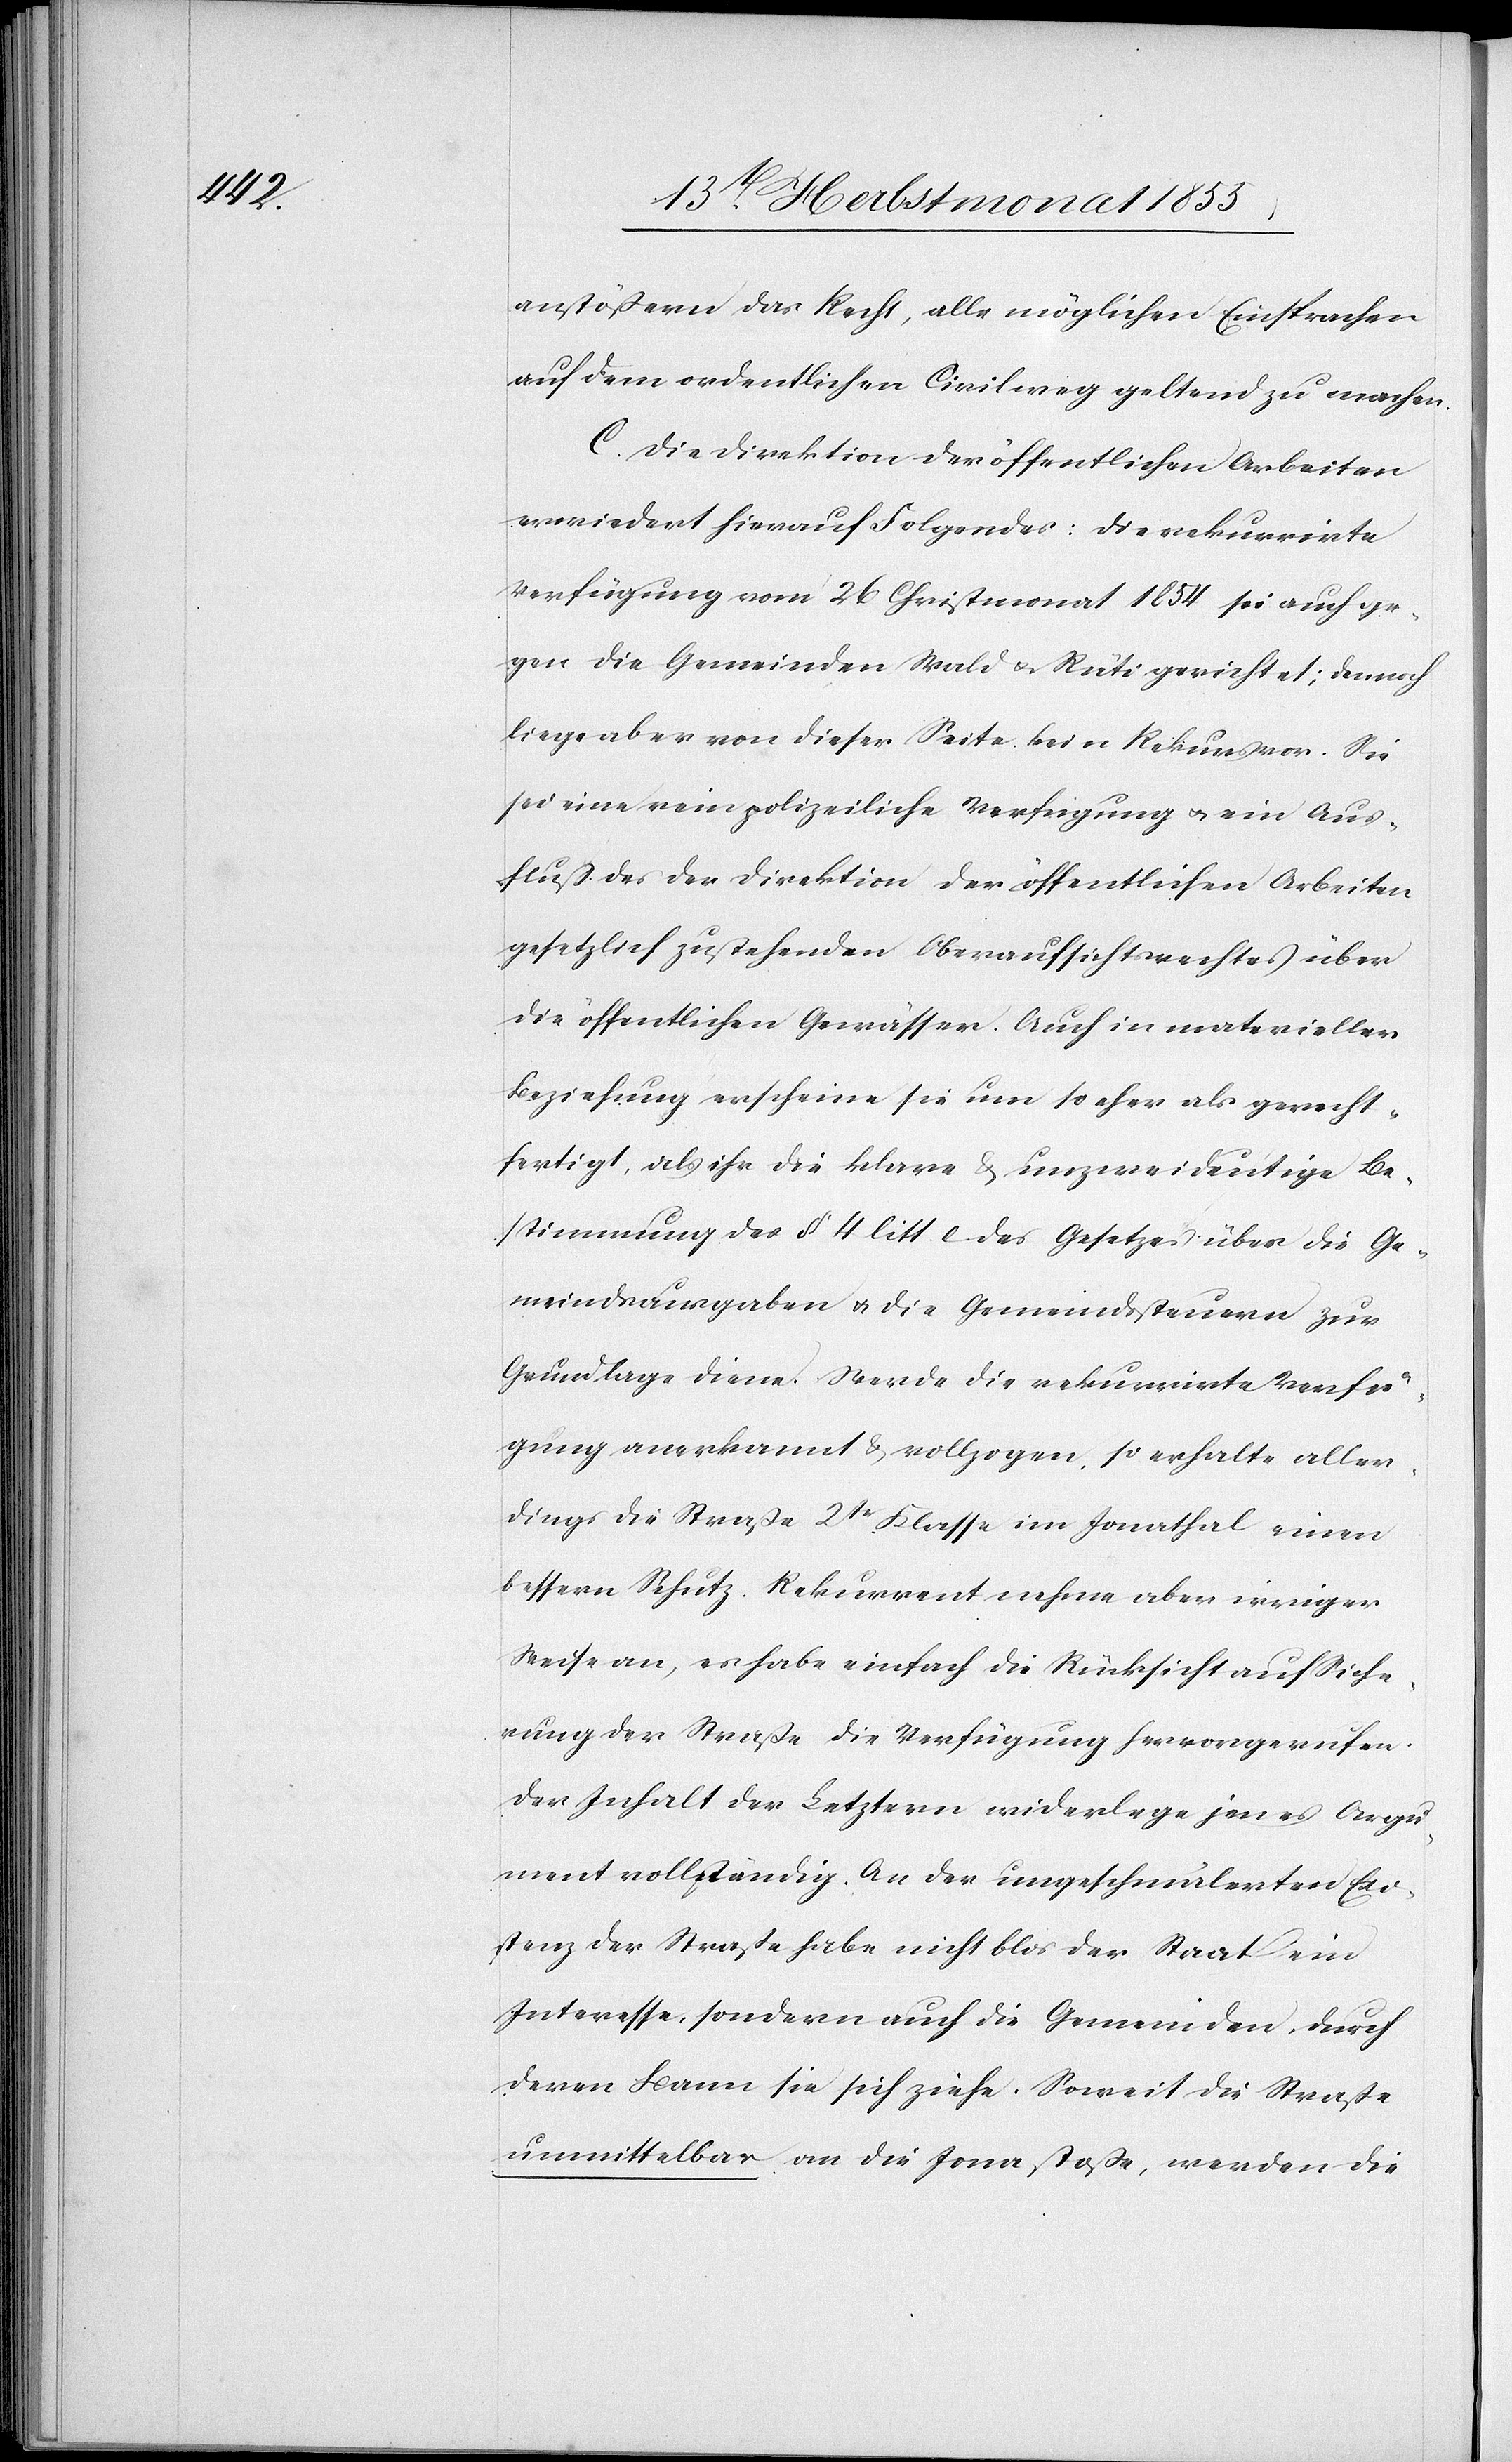
anstößern das Recht, alle möglichen Einsprachen
auf dem ordentlichen Civilweg geltend zu machen.
C. Die Direktion der öffentlichen Arbeiten
erwiedert hierauf Folgendes: Die rekurrirte
Verfügung vom 26 Christmonat 1854 sei auch ge¬
gen die Gemeinden Wald & Rüti gerichtet; dennoch
liege aber von dieser Seite kein Rekurs vor. Sie
sei eine rein polizeiliche Verfügung & ein Aus¬
fluß des der Direktion der öffentlichen Arbeiten
gesetzlich zustehenden Oberaufsichtsrechtes über
die öffentlichen Gewässer. Auch in materieller
Beziehung erscheine sie um so eher als gerecht¬
fertigt, als ihr die klare & unzweideutige Be¬
stimmung des § 4 litt. [?e] des Gesetzes über die Ge¬
meindsausgaben & die Gemeindssteuern zur
Grundlage diene. Werde die rekurrirte Verfü¬
gung anerkannt & vollzogen, so erhalte aller¬
dings die Straße 2tr Klasse im Jonathal einen
bessern Schutz. Rekurrent nehme aber irriger
Weise an, es habe einfach die Rücksicht auf Siche¬
rung der Straße die Verfügung hervorgerufen.
Der Inhalt der Letztern widerlege jenes Argu¬
ment vollständig. An der ungeschmälerten Exi¬
stenz der Straße habe nicht blos der Staat ein
Interesse, sondern auch die Gemeinden, durch
deren Bann sie sich ziehe. Soweit die Straße
unmittelbar an die Jona stoße, werden die